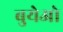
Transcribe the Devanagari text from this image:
बुयेओ